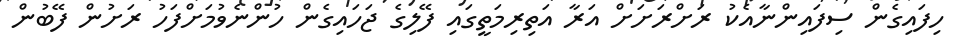
ހިފައިގެން ސިފައިންނާއެކު ރަށްރަށަށް އަރާ އަތިރިމަތީގައި ފޭލިގެ ޖަހައިގެން ހުންނެވުމަށްފަހު ރަށުން ފޭބުން